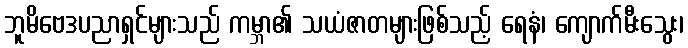
ဘူမိဗေဒပညာရှင်များသည် ကမ္ဘာ၏ သယံဇာတများဖြစ်သည့် ရေနံ၊ ကျောက်မီးသွေး၊